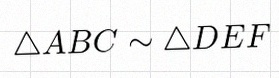
\triangle ABC\sim\triangle DEF